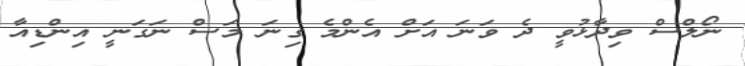
ނޯލްސް ވިދާޅުވީ ދެ ވަނަ އަށް އެންމެ ގިނަ މަސް ނަގަނީ އިންޑިއާ